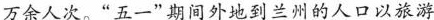
万余人次。”五一”期间外地到兰州的人口以旅游